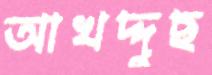
আখদ্দুছ